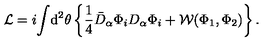
{ \cal L } = i \! \int \! \mathrm { d } ^ { 2 } \theta \left\{ \frac { 1 } { 4 } \bar { D } _ { \alpha } \Phi _ { i } D _ { \alpha } \Phi _ { i } + { \cal W } ( \Phi _ { 1 } , \Phi _ { 2 } ) \right\} .